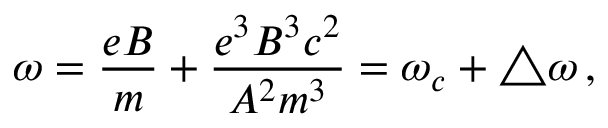
\omega = \frac { e B } { m } + \frac { e ^ { 3 } B ^ { 3 } c ^ { 2 } } { A ^ { 2 } m ^ { 3 } } = \omega _ { c } + \bigtriangleup \omega \, { , }